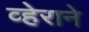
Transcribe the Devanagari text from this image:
व्हेराने